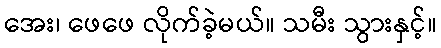
အေး၊ ဖေဖေ လိုက်ခဲ့မယ်။ သမီး သွားနှင့်။